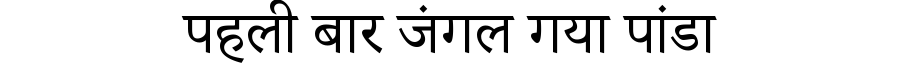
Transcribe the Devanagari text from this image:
पहली बार जंगल गया पांडा